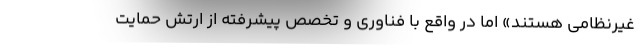
غیرنظامی هستند» اما در واقع با فناوری و تخصص پیشرفته از ارتش حمایت